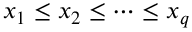
x _ { 1 } \leq x _ { 2 } \leq \dots \leq x _ { q }